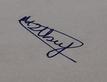
Signature authenticity: genuine